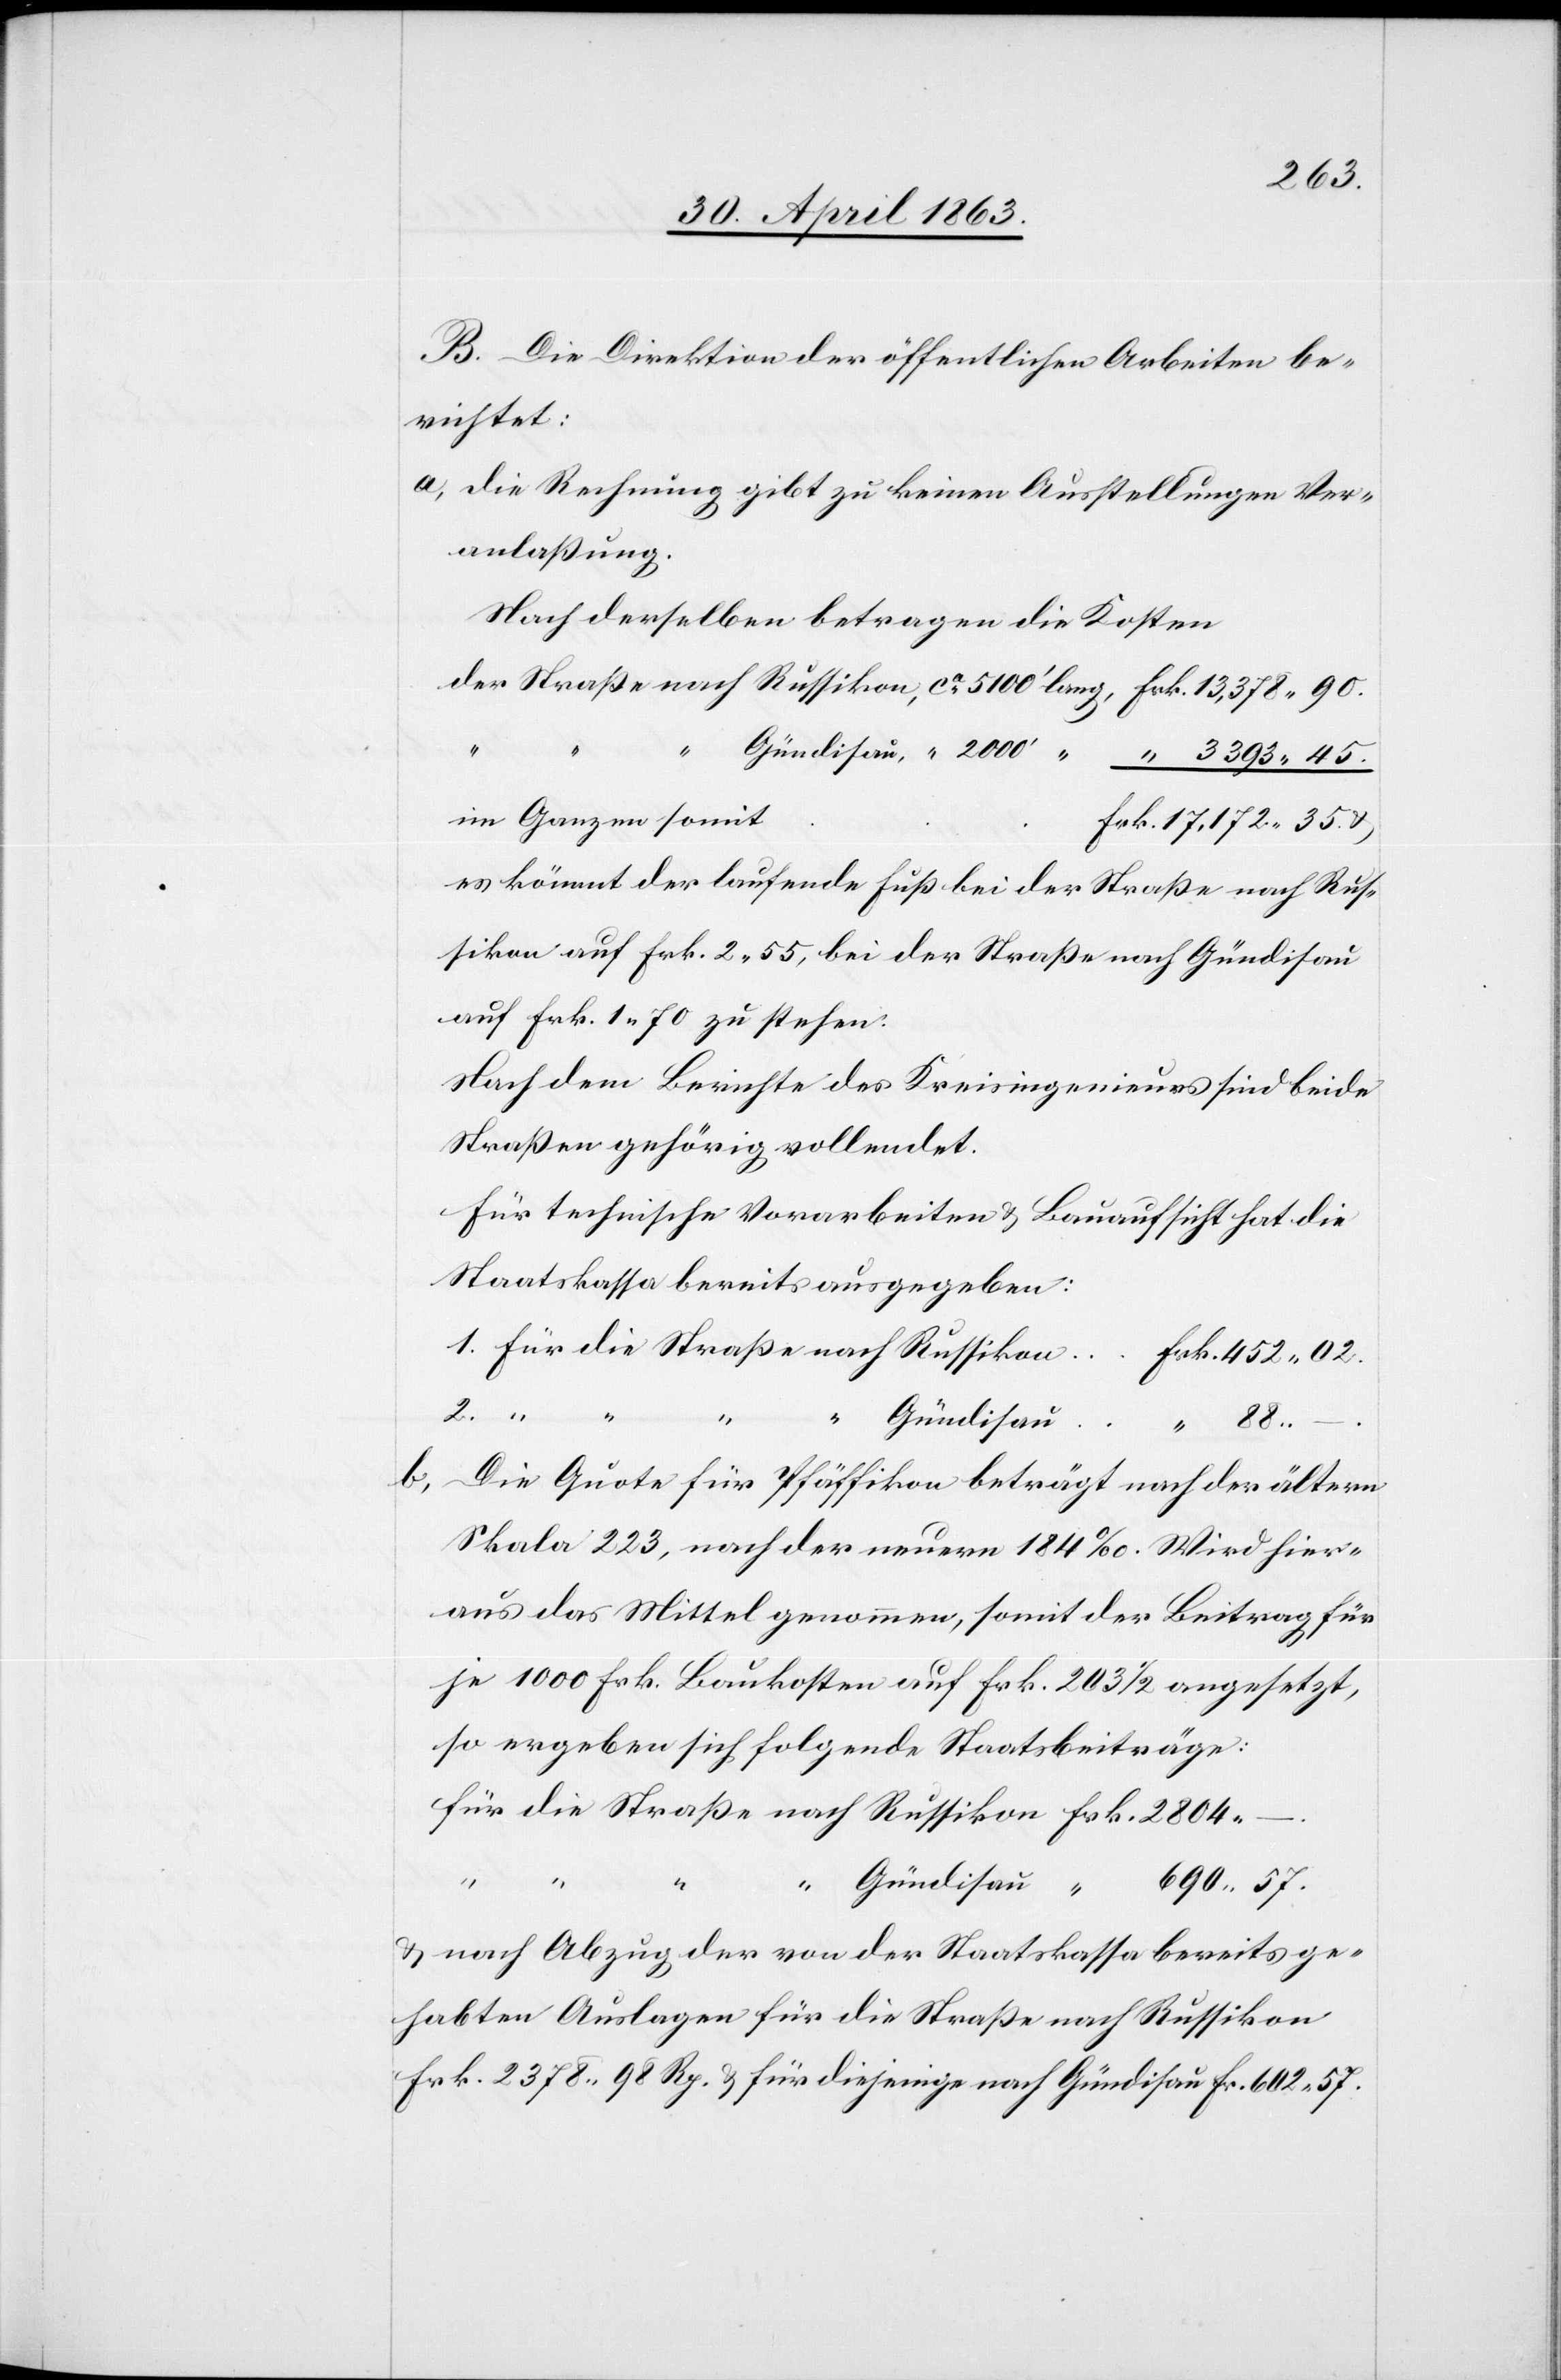
3393.
B. Die Direktion der öffentlichen Arbeiten be¬
richtet:
a) Die Rechnung gibt zu keinen Ausstellungen Ver¬
anlaßung.
Nach derselben betragen die Kosten
im Ganzen somit
es kömmt der laufende Fuß bei der Straße nach Rus¬
sikon auf Frk. 2. 55, bei der Straße nach Gündisau
auf Frk. 1. 70 zu stehen.
Nach dem Berichte des Kreisingenieurs sind beide
Straßen gehörig vollendet.
Für technische Vorarbeiten & Bauaufsicht hat die
Staatskassa bereits ausgegeben:
57.
1.
die
–.
Die Quote für Pfäffikon beträgt nach der ältern
Skala 223, nach der neuern 184‰. Wird hier¬
aus das Mittel genommen, somit der Beitrag für
je 1000 Frk. Baukosten auf Frk. 203 1/2 angesetzt,
so ergeben sich folgende Staatsbeiträge:
“
“
“
“
Gündisau
690.
& nach Abzug der von der Staatskassa bereits ge¬
habten Auslagen für die Straße nach Russikon
Frk. 2378. 98 Rp. & für diejenige nach Gündisau Fr. 602. 57.